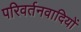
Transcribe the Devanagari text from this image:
परिवर्तनवादियों